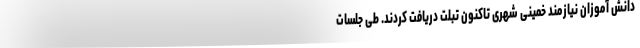
دانش آموزان نیازمند خمینی شهری تاکنون تبلت دریافت کردند. طی جلسات